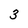
Character: 3